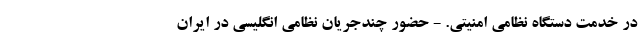
در خدمت دستگاه نظامی امنیتی. - حضور چندجریان نظامی انگلیسی در ایران